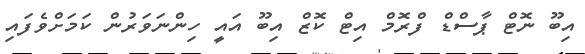
އިބޫ ނޮޓް ޕާސްޑް ފްރޮމް އިޓް ކޮޒް އިބޫ އައީ ހިންނަވަރުން ކަމަށްވެފައި